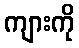
ကျားကို